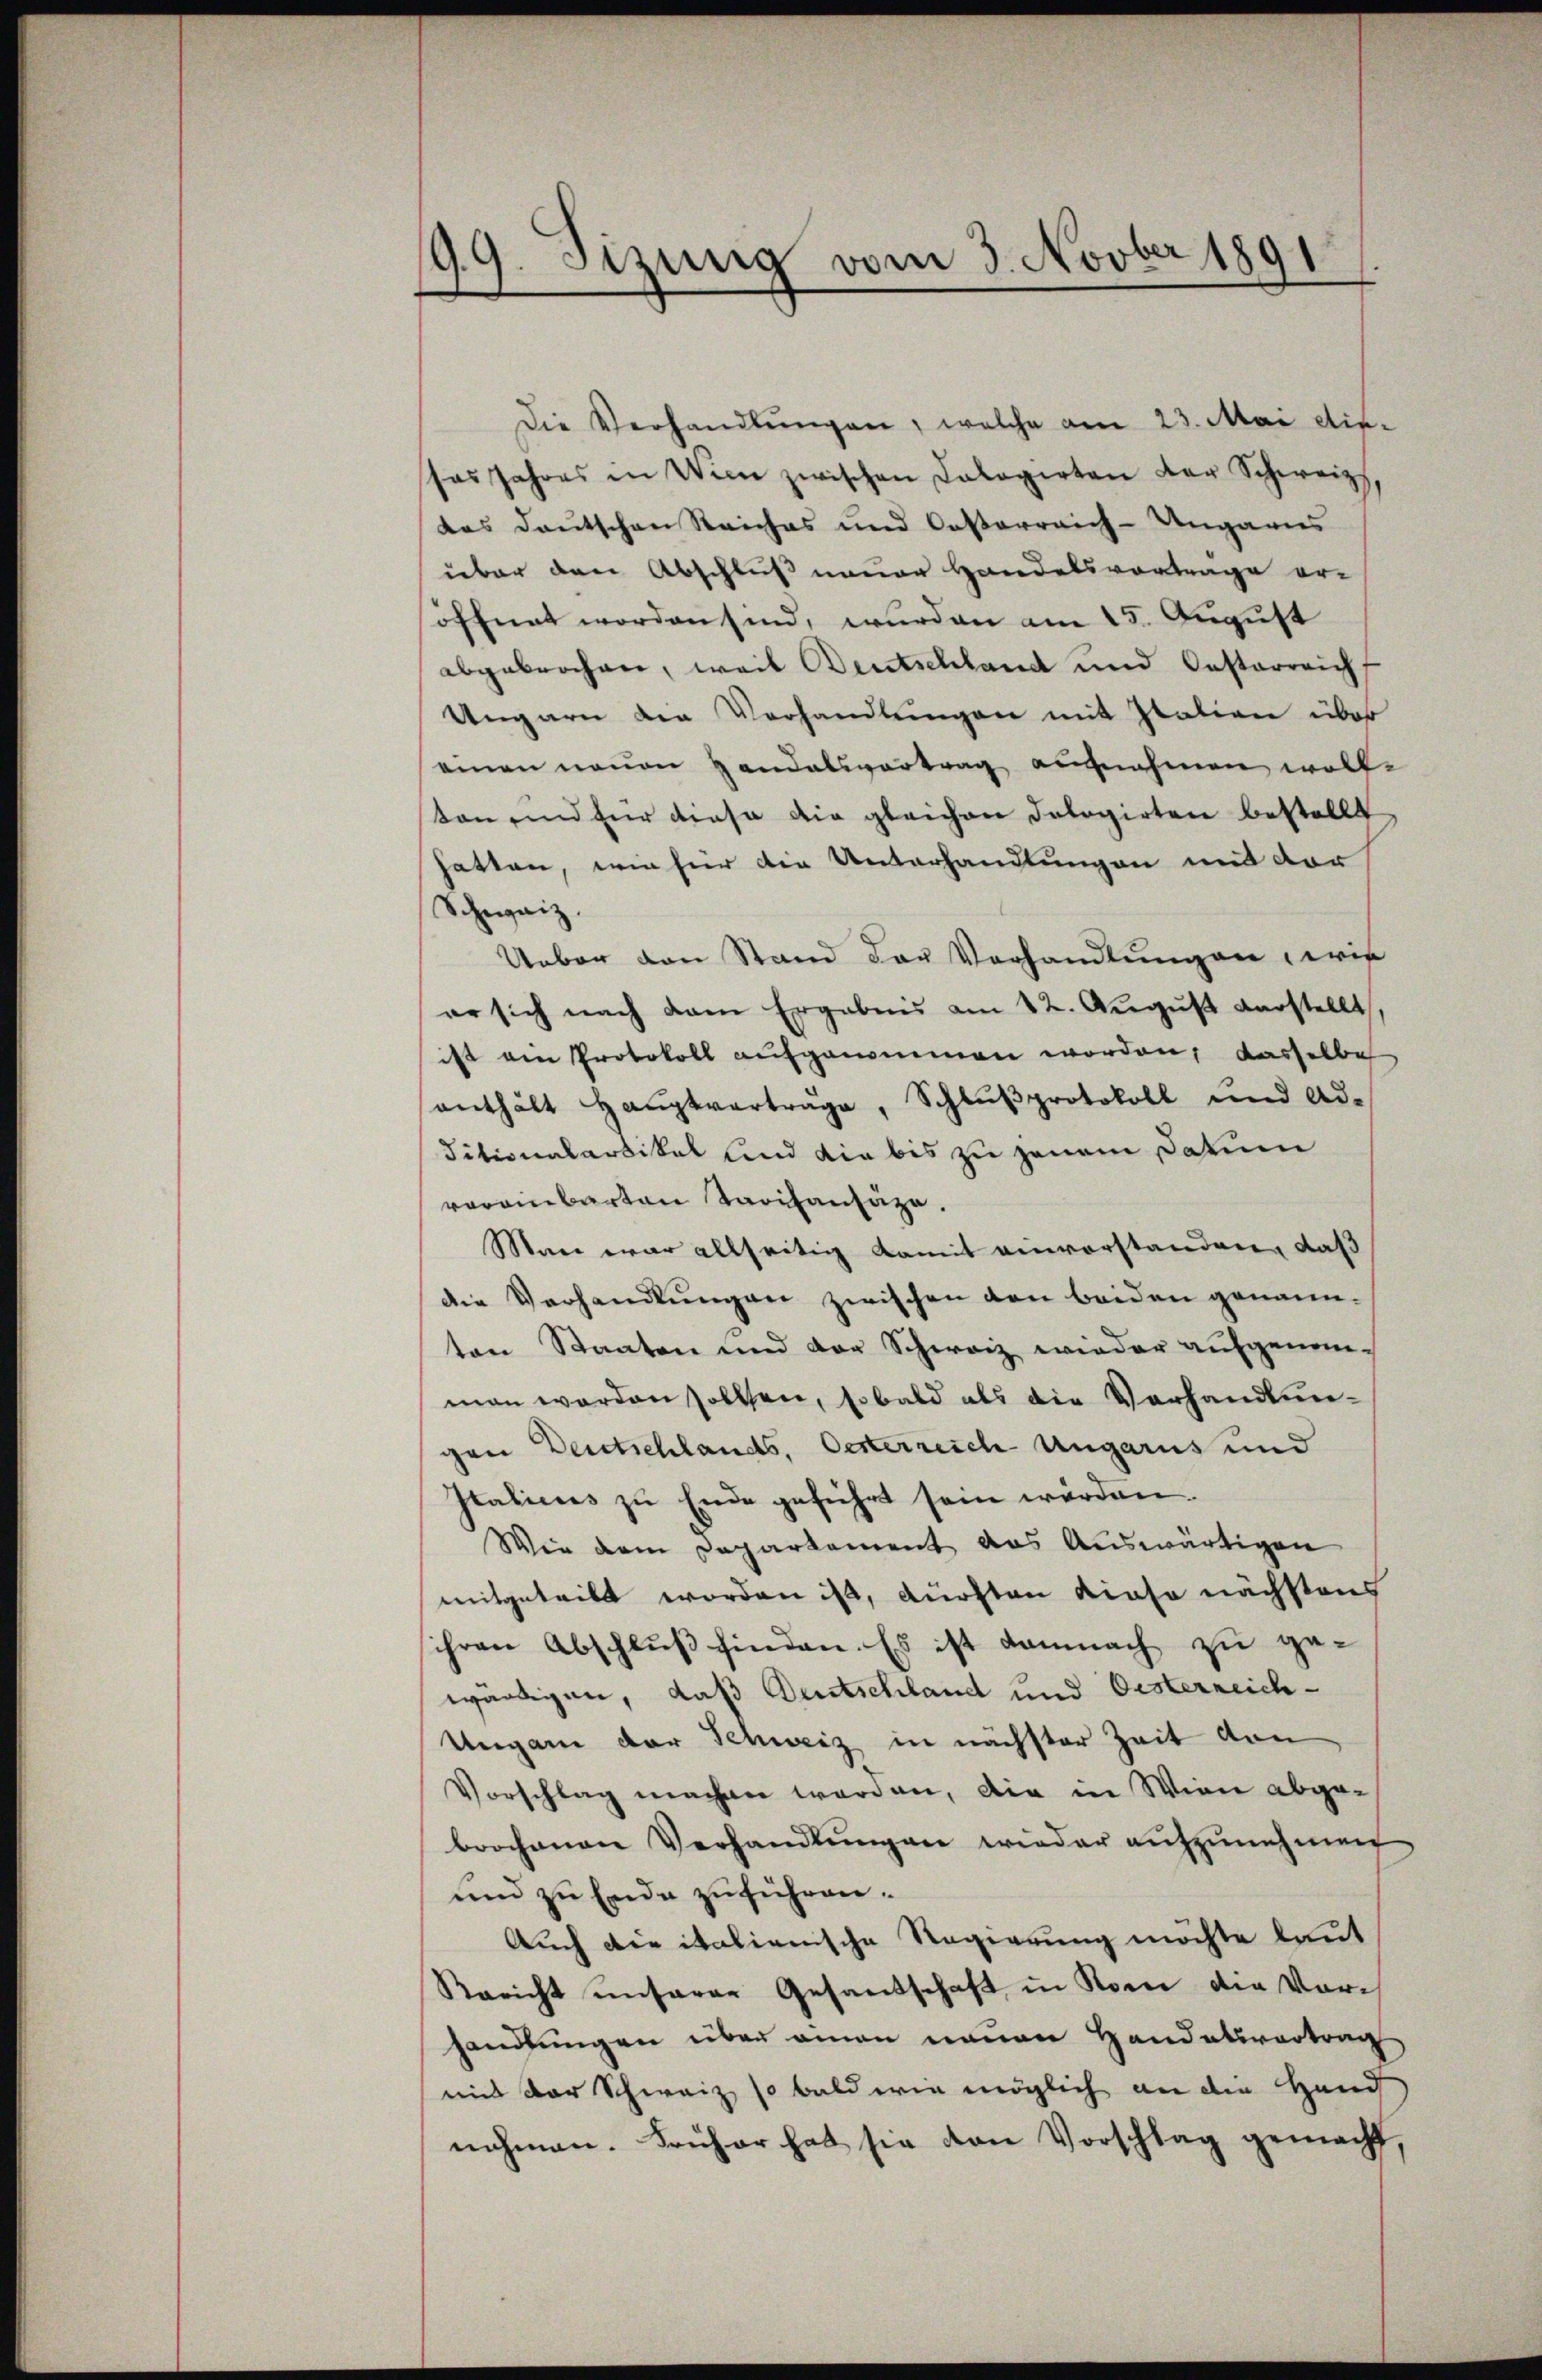
99. Jizung vom 3. Novber 1891

Die Verhandlŭngen, welche am 23. Mai diesas Jahres in Wien zwischen Dalogirten der Schweiz,
das deutschen Reiches und Caserreich-Ungaris
über den Abschluß neuer Handelsvortrage er-
öffnet worden sind, wurden am 15. August
abgebrochen, weil Bentschland und Castarreichf
Ungarn der Verhandlungen mit station über
einen neuen Handelsvortrag aufnahmen wolle
ton und für diese die gleichen Dologirten bestellt
hatten, wie hier die Unterhandlungen mit der
Schweiz.
Ueber den Stand der Verhandlŭngen wir
er sich nach dem Ergebnis am 22. August verstellt
ist am Protokoll aufgenommen worden, dasselbe
enthält Haŭptverträge, Schlŭβprotokoll und Ad-
ditionalartikel und die bis zu jenem Datum
vereinbarten Tarifansäze.
Mani war allseitig Komit einvorstanden, daß
die Verhandlungen zwischen von beiden genann-
ten Staaten und der Schweiz wieder aufgenom-
man werden sollsen, sobald als die Verhandlungen Deutschlands, Oesterreich Ungarus und
Italicus zu Ende geführt sein worden.
Wie dem Departement das Auswärtigen
mitgeteilt worden ist, Kürsten Kieso nächstens
ihren Abschluß finden. Es ist damnach zu gewürdigen, daß Deutschland und Oesterreich¬
Ungan der Schweiz in nächster Zeit von
Vorschlag machen werden, die in Wien abgebrochenen Verhandlungen wieder aufzunehmen
und zu Ende zuführen.
Auch der italienische Regierung möchte laut
Rericht unserer Gesandschaft in Korn die Vorhandlungen über man neuen Handatsvertrag
mit der Schweiz so bald wie möglich an die Hand
nehmen. Früher hat sie von Vorschlag gemacht